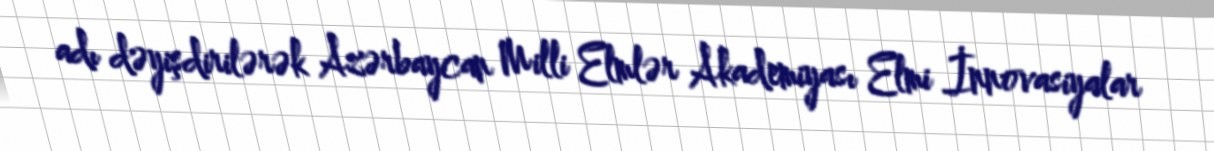
adı dəyişdirilərək Azərbaycan Milli Elmlər Akademiyası Elmi İnnovasiyalar